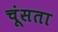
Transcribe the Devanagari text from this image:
चूंसता